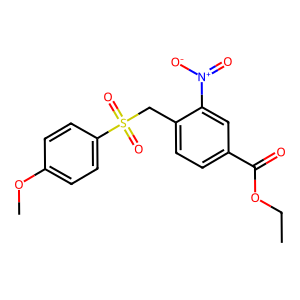
SMILES: CCOC(=O)c1ccc(CS(=O)(=O)c2ccc(OC)cc2)c([N+](=O)[O-])c1
Inhibits HIV replication: No